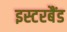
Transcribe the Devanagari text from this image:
इस्टरबैंड